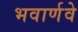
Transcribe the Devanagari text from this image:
भवार्णवे